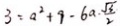
3 = a ^ { 2 } + 9 - 6 a - \frac { \sqrt { 3 } } { 2 }